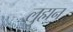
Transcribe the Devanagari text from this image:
लुह्मन